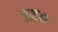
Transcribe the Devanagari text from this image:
रह०